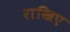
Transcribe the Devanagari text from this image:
राखिए